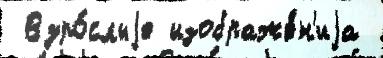
 Взро́слыjе изображе́н'иjа